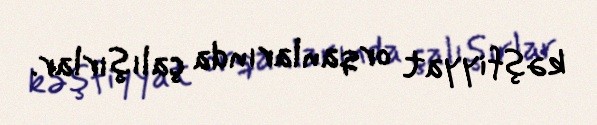
kəşfiyyat orqanlarında çalışırlar.